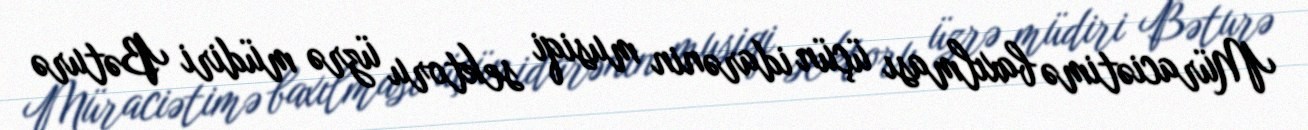
Müraciətimə baxılması üçün idarənin musiqi sektoru üzrə müdiri Bəturə